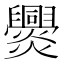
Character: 𤓕